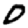
Digit: 0